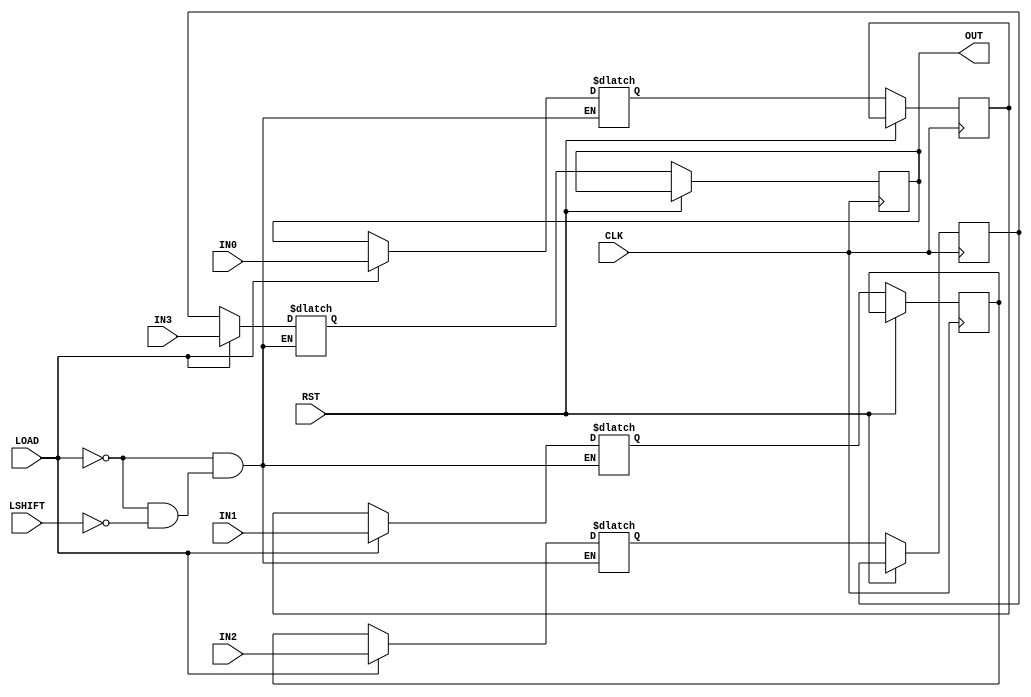
module piso_left_cyclic_Nb #( parameter BUS_WIDTH = 8, SISO_WIDTH = 4 ) (
                                                                            input RST,
                                                                            input CLK,
                                                                            input LOAD,
                                                                            input LSHIFT,
                                                                            // Add more signals depending on the SISO_WIDTH parameter
                                                                            input [BUS_WIDTH-1:0] IN0,
                                                                            input [BUS_WIDTH-1:0] IN1,
                                                                            input [BUS_WIDTH-1:0] IN2,
                                                                            input [BUS_WIDTH-1:0] IN3,
                                                                            output [BUS_WIDTH-1:0] OUT
                                                                        );

    reg [BUS_WIDTH-1:0] siso_mem_p[SISO_WIDTH-1:0], siso_mem_n[SISO_WIDTH-1:0];
    integer i = 0, j = 0;
    wire [BUS_WIDTH-1:0] temp_in_val[SISO_WIDTH-1:0];

    // If SISO_WIDTH is to be changed then add new assign statements here
    assign temp_in_val[0] = IN0;
    assign temp_in_val[1] = IN1;
    assign temp_in_val[2] = IN2;
    assign temp_in_val[3] = IN3;

    always@(*)
    begin
        if( LOAD )
        begin   
            for( i = 0; i < SISO_WIDTH; i = i + 1 )
            begin
                    siso_mem_n[i] = temp_in_val[i];
            end
        end
        else if( LSHIFT )
        begin
            for( i = SISO_WIDTH-1; i >= 0; i = i - 1 )
            begin
                if( i == 0 )
                begin
                    siso_mem_n[i] = siso_mem_p[SISO_WIDTH-1];
                end
                else
                begin
                    siso_mem_n[i] = siso_mem_p[i-1];
                end
            end
        end
    end

    always@( posedge CLK or posedge RST )
    begin
        for( j = 0; j < SISO_WIDTH; j = j + 1 )
        begin
            siso_mem_p[j] <= siso_mem_p[j];
        end

        if( RST )
        begin
            // Does nothing actually
        end
        else
        begin
            for( j = 0; j < SISO_WIDTH; j = j + 1 )
            begin
                siso_mem_p[j] <= siso_mem_n[j];
            end
        end
    end

    assign OUT = siso_mem_p[SISO_WIDTH-1];

endmodule